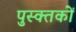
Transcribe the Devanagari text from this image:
पुस्क्तकों